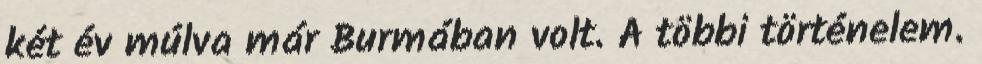
két év múlva már Burmában volt. A többi történelem.